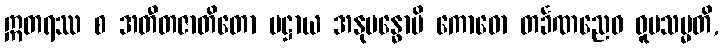
ဣတရဿ စ အတီတဇာတိတော ပဋ္ဌာယ အနုဗန္ဓောပိ ကောဓော တင်္ခဏညေဝ ဝူပသမ္မတိ,